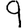
Digit: 9